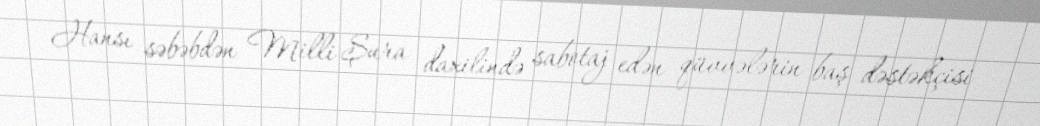
Hansı səbəbdən Milli Şura daxilində sabotaj edən qüvvələrin baş dəstəkçisi